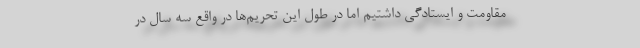
مقاومت و ایستادگی داشتیم اما در طول این تحریم‌ها در واقع سه سال در